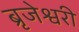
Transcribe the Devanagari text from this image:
ब्रृजेश्वरी